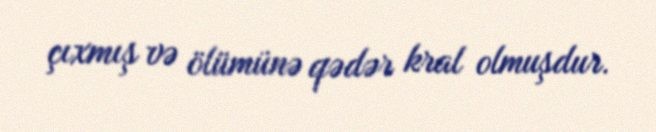
çıxmış və ölümünə qədər kral olmuşdur.